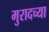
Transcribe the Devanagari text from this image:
मुरादच्या